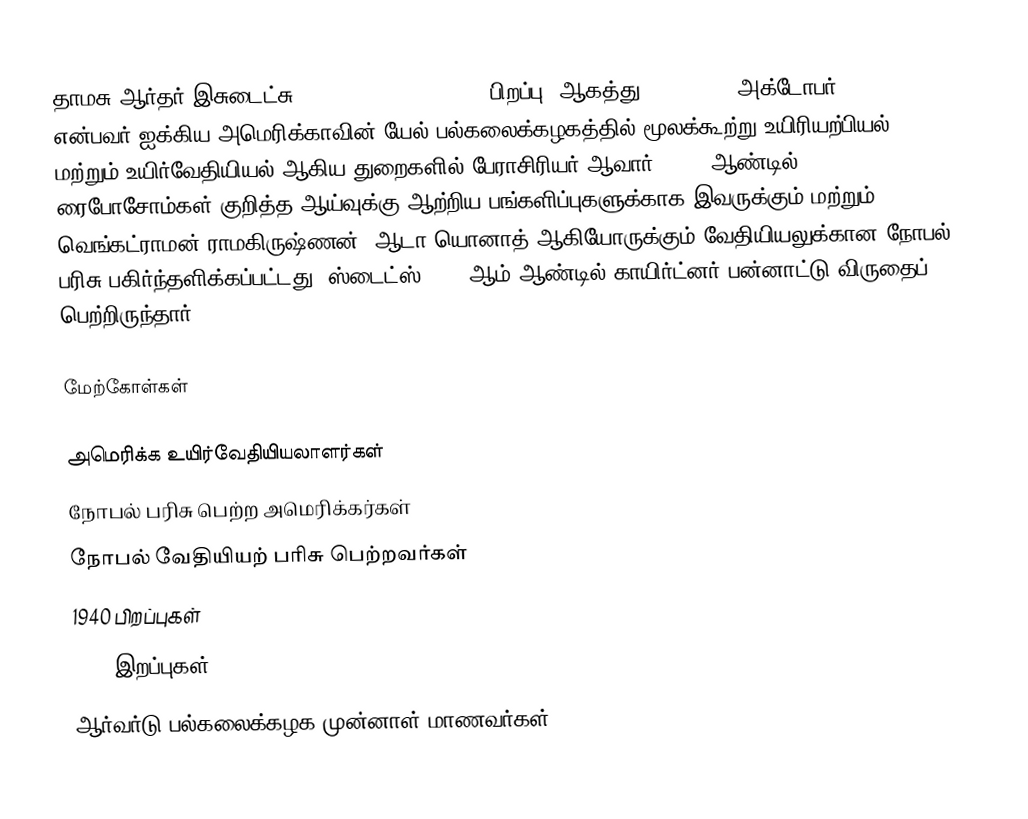
தாமசு ஆர்தர் இசுடைட்சு (Thomas Arthur Steitz, பிறப்பு: ஆகத்து 23, 1940  – அக்டோபர் 9, 2018) என்பவர் ஐக்கிய அமெரிக்காவின் யேல் பல்கலைக்கழகத்தில் மூலக்கூற்று உயிரியற்பியல், மற்றும் உயிர்வேதியியல் ஆகிய துறைகளில் பேராசிரியர் ஆவார். 2009 ஆண்டில் ரைபோசோம்கள் குறித்த ஆய்வுக்கு ஆற்றிய பங்களிப்புகளுக்காக இவருக்கும் மற்றும் வெங்கட்ராமன் ராமகிருஷ்ணன், ஆடா யொனாத் ஆகியோருக்கும் வேதியியலுக்கான நோபல் பரிசு பகிர்ந்தளிக்கப்பட்டது. ஸ்டைட்ஸ் 2007 ஆம் ஆண்டில் காயிர்ட்னர் பன்னாட்டு விருதைப் பெற்றிருந்தார்.

மேற்கோள்கள்

அமெரிக்க உயிர்வேதியியலாளர்கள்
நோபல் பரிசு பெற்ற அமெரிக்கர்கள்
நோபல் வேதியியற் பரிசு பெற்றவர்கள்
1940 பிறப்புகள்
2018 இறப்புகள்
ஆர்வர்டு பல்கலைக்கழக முன்னாள் மாணவர்கள்